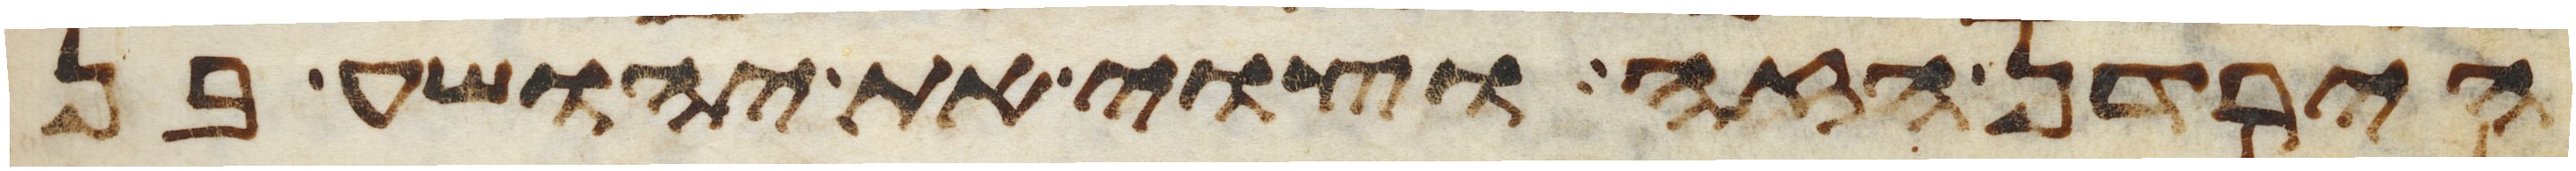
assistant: הירדן הזה וצוי את יהושע בן